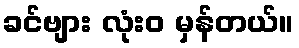
ခင်ဗျား လုံးဝ မှန်တယ်။